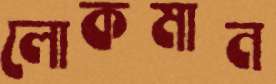
লোকমান